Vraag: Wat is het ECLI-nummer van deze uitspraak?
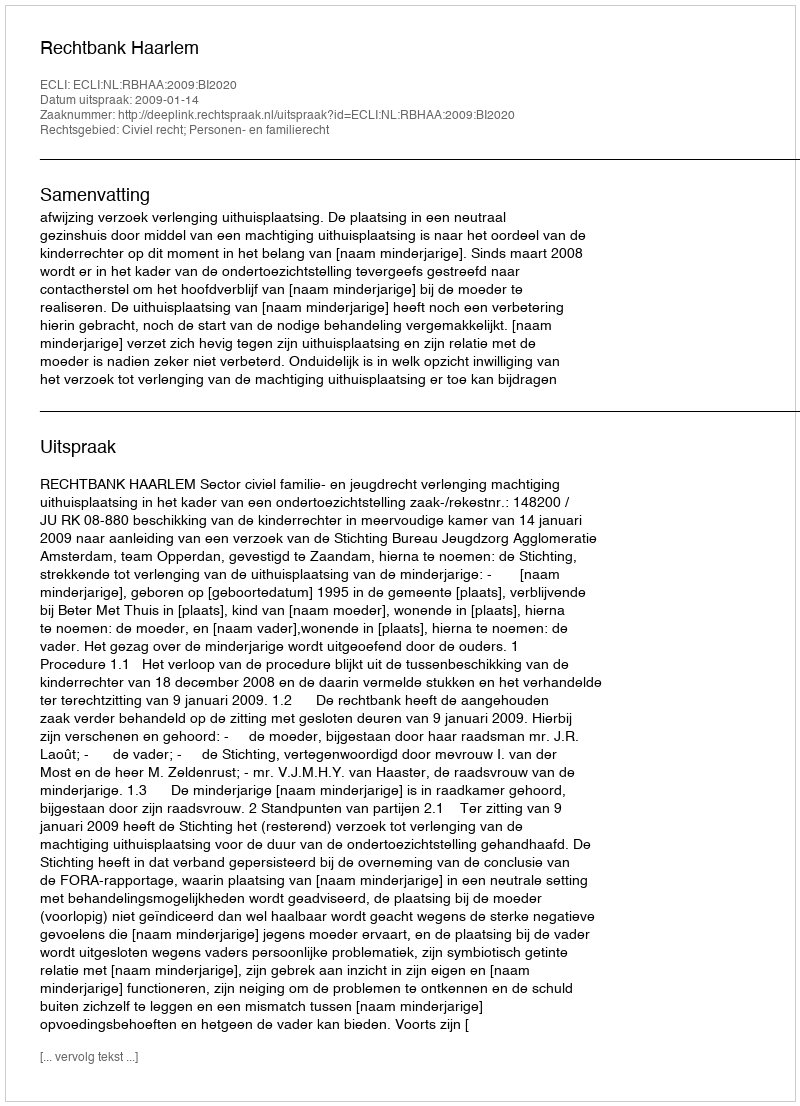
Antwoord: ECLI:NL:RBHAA:2009:BI2020